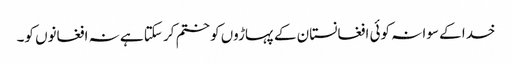
خدا کے سوا نہ کوئی افغانستان کے پہاڑوں کو ختم کر سکتا ہے نہ افغانوں کو۔